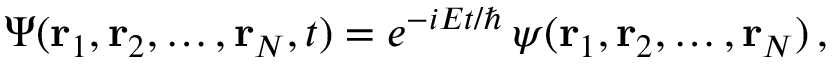
\Psi ( \mathbf { r } _ { 1 } , \mathbf { r } _ { 2 } , \ldots , \mathbf { r } _ { N } , t ) = e ^ { - i E t / \hbar } \, \psi ( \mathbf { r } _ { 1 } , \mathbf { r } _ { 2 } , \ldots , \mathbf { r } _ { N } ) \, ,